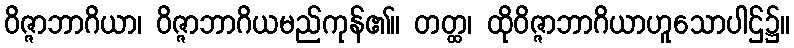
ဝိဇ္ဇာဘာဂိယာ၊ ဝိဇ္ဇာဘာဂိယမည်ကုန်၏။ တတ္ထ၊ ထိုဝိဇ္ဇာဘာဂိယာဟူသောပါဌ်၌။